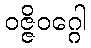
ဝဇ္ဇိဝဂ္ဂေါ